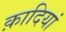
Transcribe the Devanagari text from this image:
क़ादियां